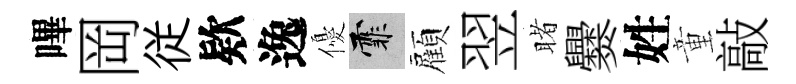
嗶岡従欵逸優霏顏翌睹爨姓童敲